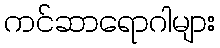
ကင်ဆာရောဂါများ